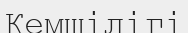
Кемшілігі